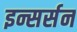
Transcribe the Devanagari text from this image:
इन्सर्सन